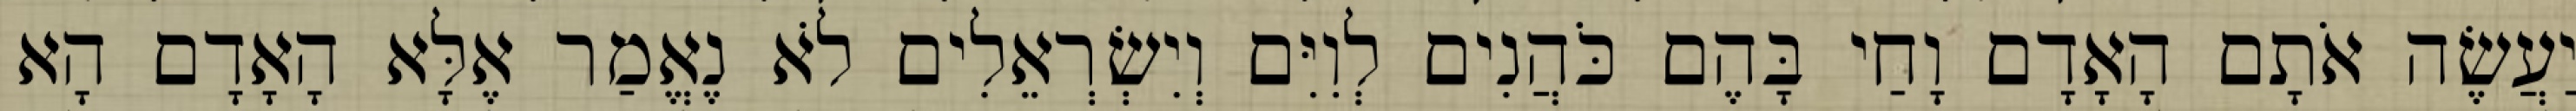
יַעֲשֶׂה אֹתָם הָאָדָם וָחַי בָּהֶם כֹּהֲנִים לְוִיִּם וְיִשְׂרְאֵלִים לֹא נֶאֱמַר אֶלָּא הָאָדָם הָא